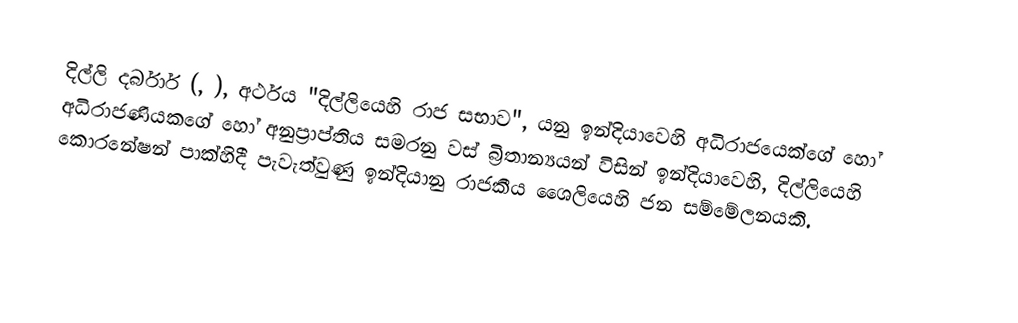
දිල්ලි දර්බාර් (, ), අර්ථය "දිල්ලියෙහි රාජ සභාව", යනු ඉන්දියාවෙහි අධිරාජයෙක්ගේ හෝ අධිරාජණියකගේ හෝ අනුප්‍රාප්තිය සමරනු වස් බ්‍රිතාන්‍යයන් විසින් ඉන්දියාවෙහි, දිල්ලියෙහි කොරනේෂන් පාක්හිදී පැවැත්වුණු ඉන්දියානු රාජකීය ශෛලියෙහි ජන සම්මේලනයකි.